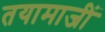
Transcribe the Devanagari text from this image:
तयामाजीं